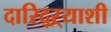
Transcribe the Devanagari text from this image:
दारिद्ऱ्याशी